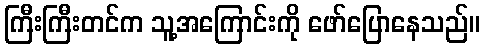
ကြီးကြီးတင်က သူ့အကြောင်းကို ဖော်ပြောနေသည်။